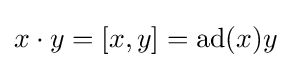
x\cdot y=[x,y]={\text{ad}}(x)y